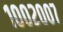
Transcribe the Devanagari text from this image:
१००२००७